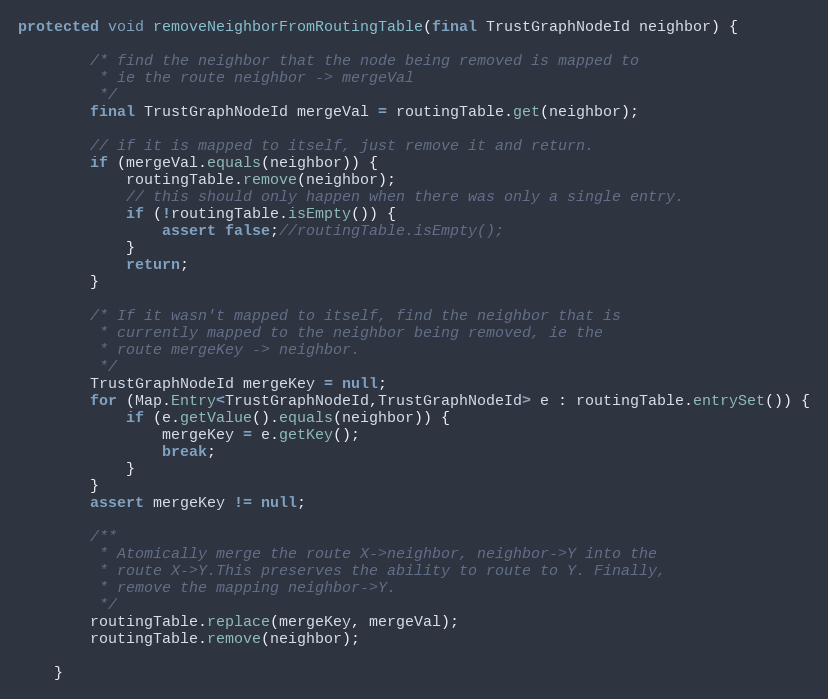
Language: Java
protected void removeNeighborFromRoutingTable(final TrustGraphNodeId neighbor) {

        /* find the neighbor that the node being removed is mapped to
         * ie the route neighbor -> mergeVal
         */
        final TrustGraphNodeId mergeVal = routingTable.get(neighbor);

        // if it is mapped to itself, just remove it and return.
        if (mergeVal.equals(neighbor)) {
            routingTable.remove(neighbor);
            // this should only happen when there was only a single entry.
            if (!routingTable.isEmpty()) {
                assert false;//routingTable.isEmpty();
            }
            return;
        }

        /* If it wasn't mapped to itself, find the neighbor that is
         * currently mapped to the neighbor being removed, ie the
         * route mergeKey -> neighbor.
         */
        TrustGraphNodeId mergeKey = null;
        for (Map.Entry<TrustGraphNodeId,TrustGraphNodeId> e : routingTable.entrySet()) {
            if (e.getValue().equals(neighbor)) {
                mergeKey = e.getKey();
                break;
            }
        }
        assert mergeKey != null;

        /**
         * Atomically merge the route X->neighbor, neighbor->Y into the
         * route X->Y.This preserves the ability to route to Y. Finally,
         * remove the mapping neighbor->Y.
         */
        routingTable.replace(mergeKey, mergeVal);
        routingTable.remove(neighbor);

    }